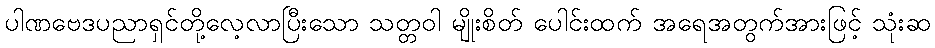
ပါဏဗေဒပညာရှင်တို့လေ့လာပြီးသော သတ္တဝါ မျိုးစိတ် ပေါင်းထက် အရေအတွက်အားဖြင့် သုံးဆ